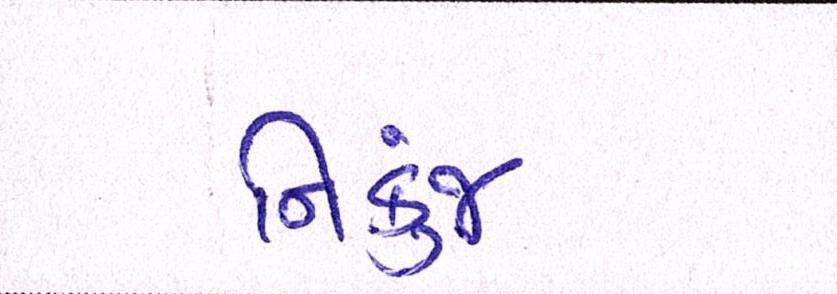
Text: નિકુંજ